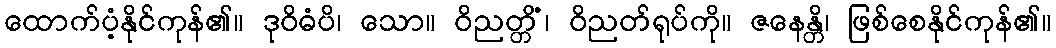
ထောက်ပံ့နိုင်ကုန်၏။ ဒုဝိဓံပိ၊ သော။ ဝိညတ္တိံ၊ ဝိညတ်ရုပ်ကို။ ဇနေန္တိ၊ ဖြစ်စေနိုင်ကုန်၏။